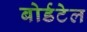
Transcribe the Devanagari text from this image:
बोर्डटेल